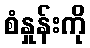
စံနှုန်းကို